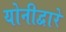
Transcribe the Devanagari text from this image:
योनीद्वारे